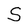
Character: S